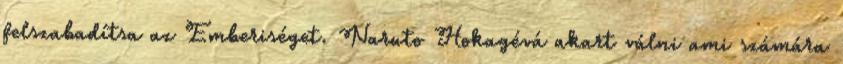
felszabadítsa az Emberiséget. Naruto Hokagévá akart válni ami számára